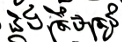
និងត្រឹមត្រូវ